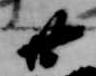
廿